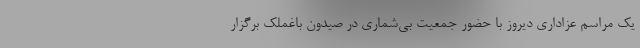
یک مراسم عزاداری دیروز با حضور جمعیت بی‌شماری در صیدون باغملک برگزار